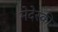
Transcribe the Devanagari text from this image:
मेदेस्की